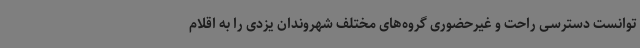
توانست دسترسی راحت و غیرحضوری گروه‌های مختلف شهروندان یزدی را به اقلام